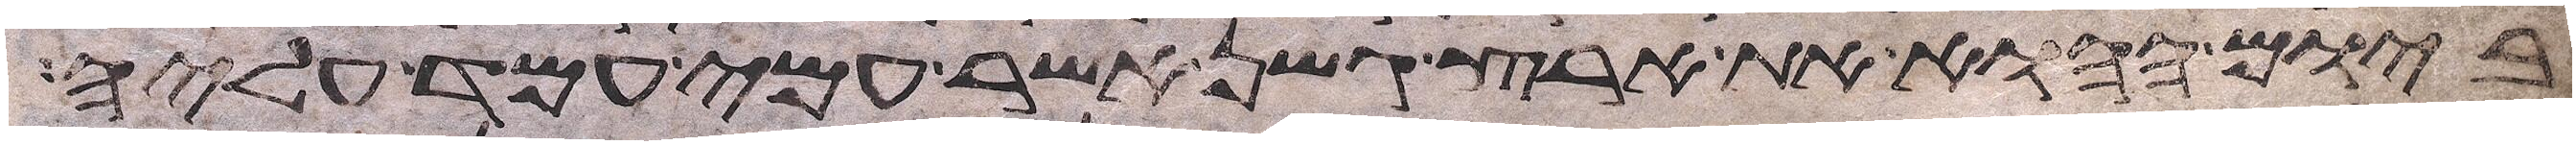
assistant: ביום ההוא את ארץ גשן אשר עמי עמד עליה